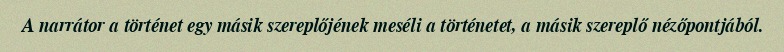
A narrátor a történet egy másik szereplőjének meséli a történetet, a másik szereplő nézőpontjából.